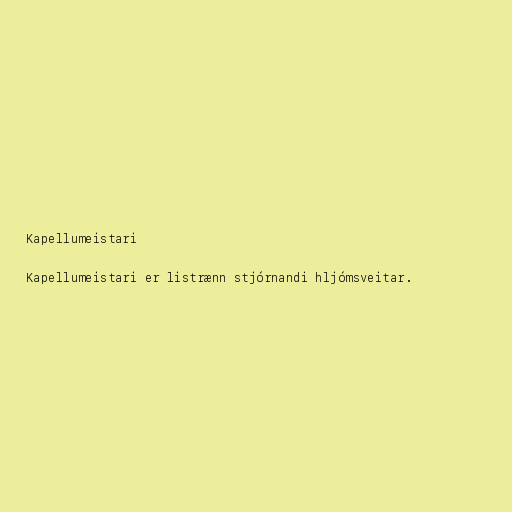
Kapellumeistari

Kapellumeistari er listrænn stjórnandi hljómsveitar.